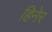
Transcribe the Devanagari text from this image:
हिनेर